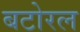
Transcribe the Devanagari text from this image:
बटोरल